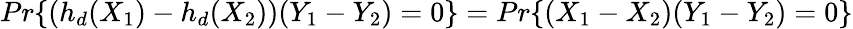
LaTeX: Pr\{ (h_{d}(X_{1})-h_{d}(X_{2}))(Y_{1}-Y_{2})=0\} =Pr\{ (X_{1}-X_{2})(Y_{1}-Y_{2})=0\}